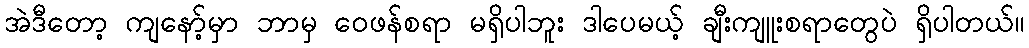
အဲဒီတော့ ကျနော့်မှာ ဘာမှ ဝေဖန်စရာ မရှိပါဘူး ဒါပေမယ့် ချီးကျူးစရာတွေပဲ ရှိပါတယ်။